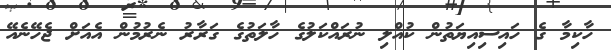
ހާކިމާ ގެ ހައިސިއިޔަތުން ކުއްލި ނުރައްކަލުގެ ހާލަތުގެ ގަރާރު ނެރުމުން އެއަށް ޖެހޭނެއޭ